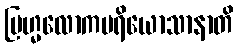
ဗြဟ္မလောကပရိယောသာနာတိ